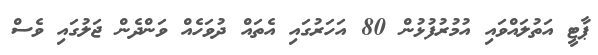
ޕާޓީ އަތުލައްވައި އުމުރުފުޅުން 80 އަހަރުގައި އެތައް ދުވަހެއް ވަންދެން ޖަލުގައި ވެސް